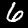
Digit: 6